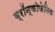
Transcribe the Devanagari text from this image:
ब्रॉन्कोजेनिक